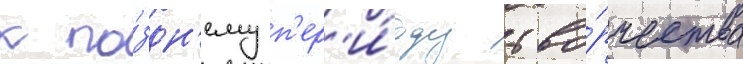
к по́здн'ему п'ер'и́оду тво́рчества